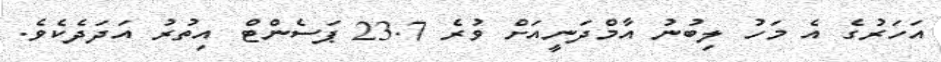
އަހަރުގެ އެ މަހު ލިބުނު އާމްދަނީއަށް ވުރެ 23.7 ޕަސެންޓް އިތުރު އަދަދެކެވެ.